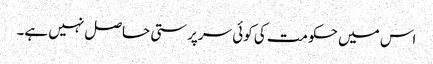
اس میں حکومت کی کوئی سرپرستی حاصل نہیں ہے۔